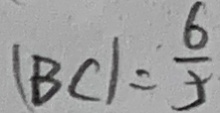
( B C ) = \frac { 6 } { 5 }